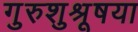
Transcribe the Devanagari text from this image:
गुरुशुश्रूषया